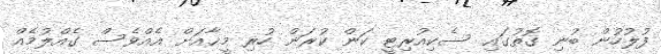
ފުލުހުން ބުނި ގޮތުގައި ސެކިއުރިޓީ ކަން ކުރަން ހުރި މީޙާއަށް އެއްވެސް ގެއްލުމެއް